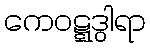
ကေဝဋ္ဋဒွါရာ